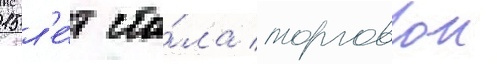
15 л'е́т ста́ла торговои